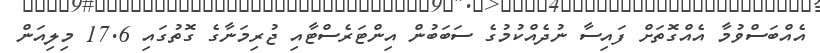
އެއްބަސްވުމާ އެއްގޮތަށް ފައިސާ ނުދެއްކުމުގެ ސަބަބުން އިންޓަރެސްޓާއި ޖުރިމަނާގެ ގޮތުގައި 17.6 މިލިއަން